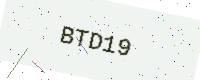
Text: BTD19